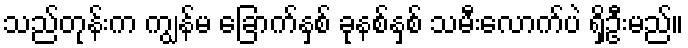
သည်တုန်းက ကျွန်မ ခြောက်နှစ် ခုနစ်နှစ် သမီးလောက်ပဲ ရှိဦးမည်။